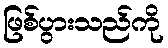
ဖြစ်ပွားသည်ကို